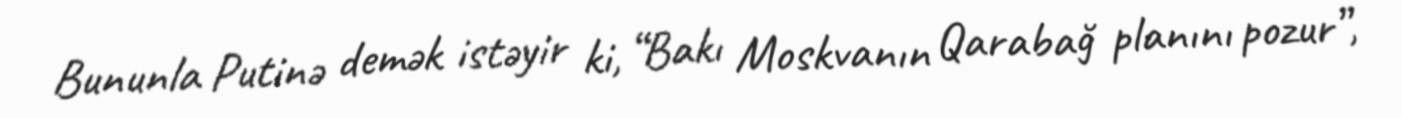
Bununla Putinə demək istəyir ki, “Bakı Moskvanın Qarabağ planını pozur”,